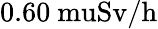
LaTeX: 0.60\mathrm{{\ mu}Sv/h}